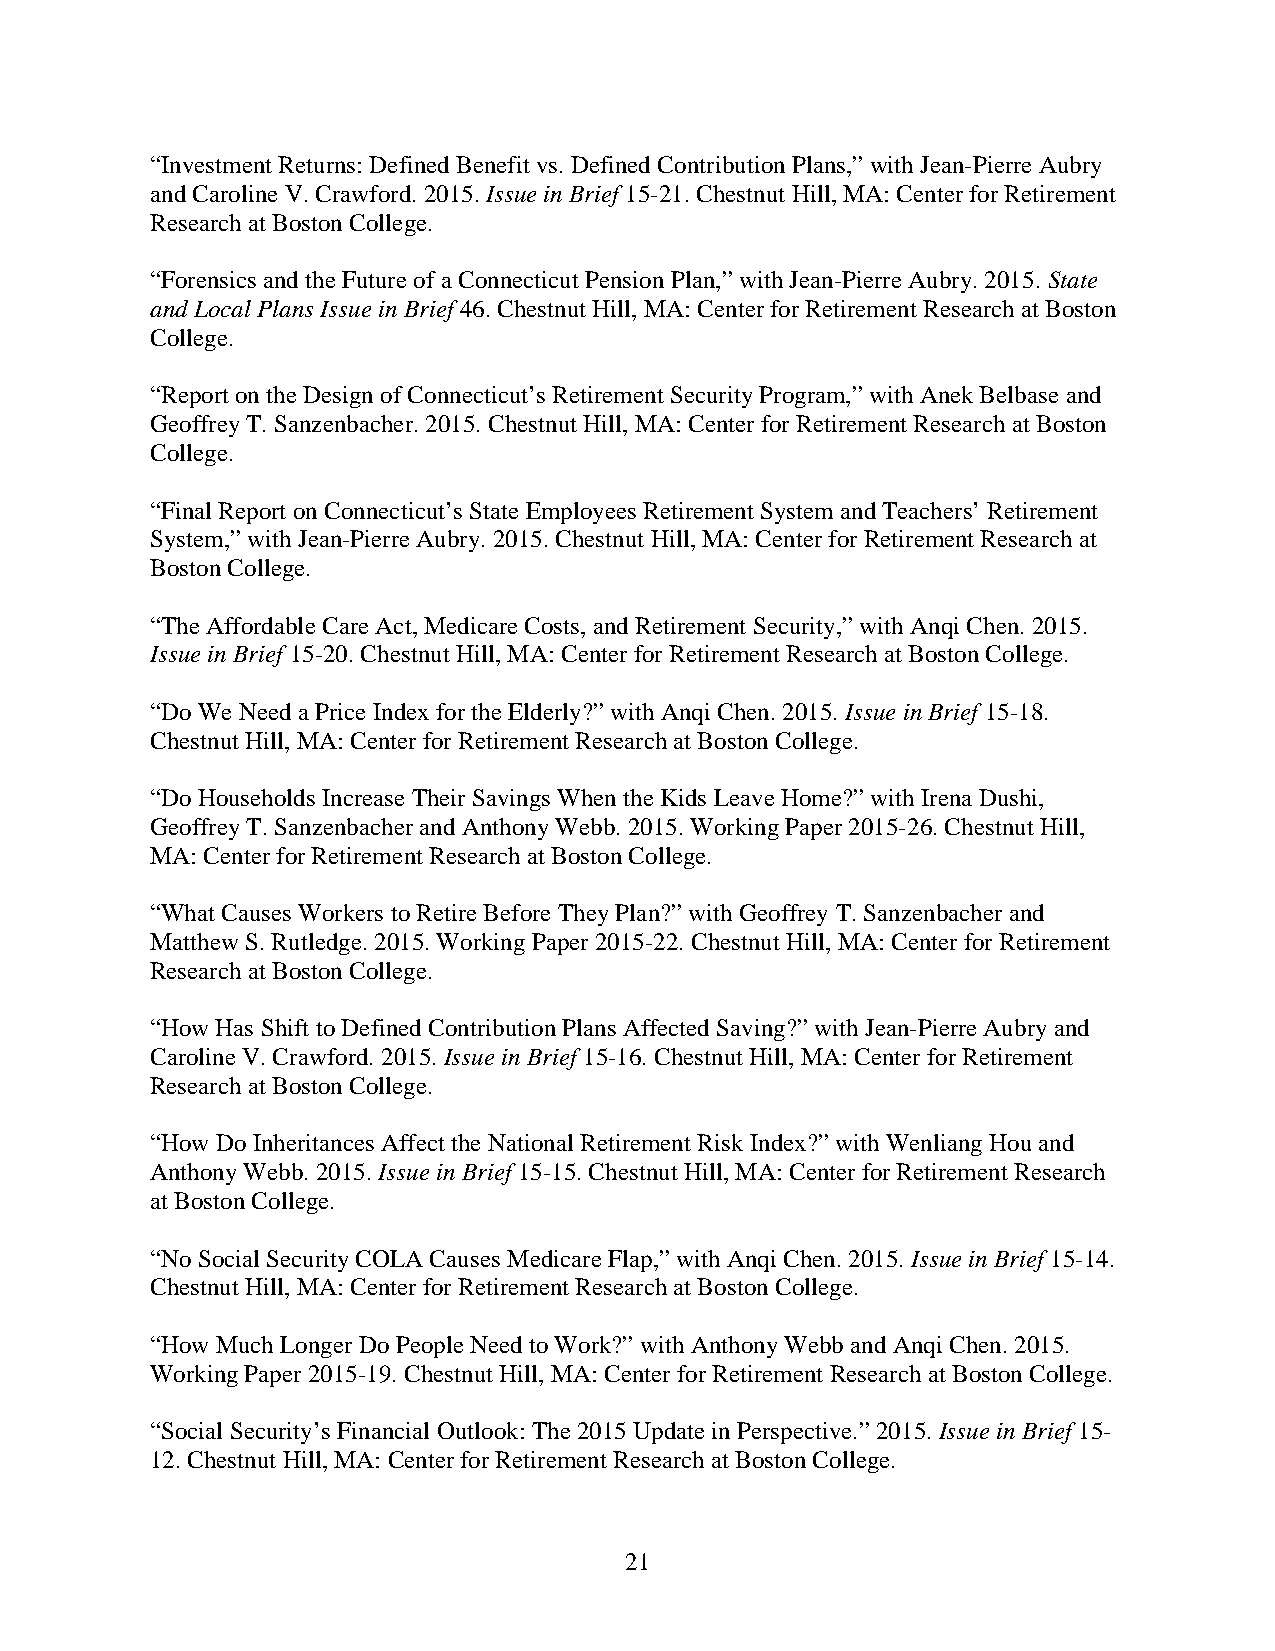
“Investment Returns: Defined Benefit vs. Defined Contribution Plans,” with Jean-Pierre Aubry
 and Caroline V. Crawford. 2015. Issue in Brief 15-21. Chestnut Hill, MA: Center for Retirement
 Research at Boston College.
 “Forensics and the Future of a Connecticut Pension Plan,” with Jean-Pierre Aubry. 2015. State
 and Local Plans Issue in Brief 46. Chestnut Hill, MA: Center for Retirement Research at Boston
 College.
 “Report on the Design of Connecticut’s Retirement Security Program,” with Anek Belbase and
 Geoffrey T. Sanzenbacher. 2015. Chestnut Hill, MA: Center for Retirement Research at Boston
 College.
 “Final Report on Connecticut’s State Employees Retirement System and Teachers’ Retirement
 System,” with Jean-Pierre Aubry. 2015. Chestnut Hill, MA: Center for Retirement Research at
 Boston College.
 “The Affordable Care Act, Medicare Costs, and Retirement Security,” with Anqi Chen. 2015.
 Issue in Brief 15-20. Chestnut Hill, MA: Center for Retirement Research at Boston College.
 “Do We Need a Price Index for the Elderly?” with Anqi Chen. 2015. Issue in Brief 15-18.
 Chestnut Hill, MA: Center for Retirement Research at Boston College.
 “Do Households Increase Their Savings When the Kids Leave Home?” with Irena Dushi,
 Geoffrey T. Sanzenbacher and Anthony Webb. 2015. Working Paper 2015-26. Chestnut Hill,
 MA: Center for Retirement Research at Boston College.
 “What Causes Workers to Retire Before They Plan?” with Geoffrey T. Sanzenbacher and
 Matthew S. Rutledge. 2015. Working Paper 2015-22. Chestnut Hill, MA: Center for Retirement
 Research at Boston College.
 “How Has Shift to Defined Contribution Plans Affected Saving?” with Jean-Pierre Aubry and
 Caroline V. Crawford. 2015. Issue in Brief 15-16. Chestnut Hill, MA: Center for Retirement
 Research at Boston College.
 “How Do Inheritances Affect the National Retirement Risk Index?” with Wenliang Hou and
 Anthony Webb. 2015. Issue in Brief 15-15. Chestnut Hill, MA: Center for Retirement Research
 at Boston College.
 “No Social Security COLA Causes Medicare Flap,” with Anqi Chen. 2015. Issue in Brief 15-14.
 Chestnut Hill, MA: Center for Retirement Research at Boston College.
 “How Much Longer Do People Need to Work?” with Anthony Webb and Anqi Chen. 2015.
 Working Paper 2015-19. Chestnut Hill, MA: Center for Retirement Research at Boston College.
 “Social Security’s Financial Outlook: The 2015 Update in Perspective.” 2015. Issue in Brief 15-
 12. Chestnut Hill, MA: Center for Retirement Research at Boston College.
 21